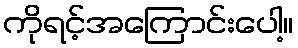
ကိုရင့်အကြောင်းပေါ့။